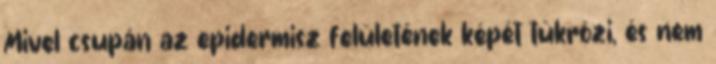
Mivel csupán az epidermisz felületének képét tükrözi, és nem